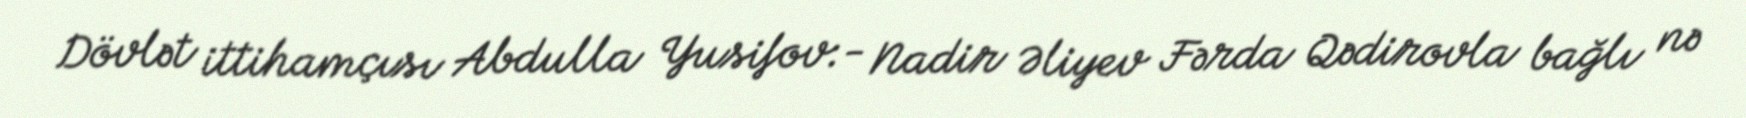
Dövlət ittihamçısı Abdulla Yusifov:- Nadir Əliyev Fərda Qədirovla bağlı nə